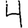
Digit: 4